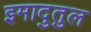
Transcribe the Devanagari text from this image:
इमादुतुल